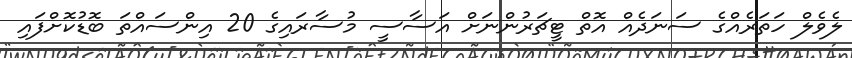
ލެވެލް ހަތަރެއްގެ ސަނަދެއް އޮތް ޓީޗަރުންނަށް އަސާސީ މުސާރައިގެ 20 އިންސައްތަ ބޮޑުކޮށްފައި